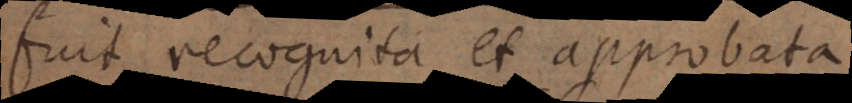
fuit recognita et approbata,